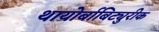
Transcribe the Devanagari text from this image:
थायोर्बाबिट्युरीक